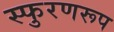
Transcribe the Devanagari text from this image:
स्फुरणरूप